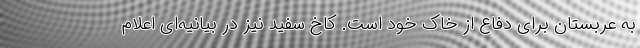
به عربستان برای دفاع از خاک خود است. کاخ سفید نیز در بیانیه‌ای اعلام